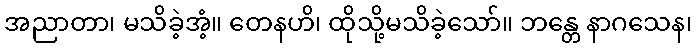
အညာတာ၊ မသိခဲ့အံ့။ တေနဟိ၊ ထိုသို့မသိခဲ့သော်။ ဘန္တေ နာဂသေန၊